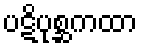
ပဋိပုစ္ဆကထာ